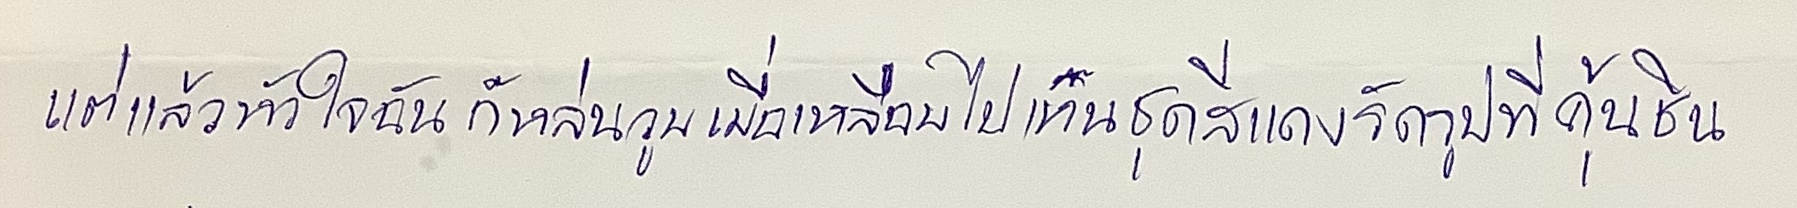
แต่แล้วหัวใจฉันก็หล่นวูบเมื่อเหลือบไปเห็นชุดสีแดงรัดรูปที่คุ้นชิน